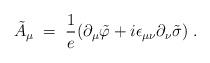
LaTeX: \begin{align*}{\tilde A}_\mu \;=\; \frac{1}{e} ( \partial_\mu {\tilde \varphi} + i \epsilon_{\mu \nu} \partial_\nu {\tilde \sigma}) \;.\end{align*}